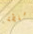
سلطة